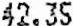
42.35